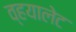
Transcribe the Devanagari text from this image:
व्हयालेट